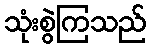
သုံးစွဲကြသည်